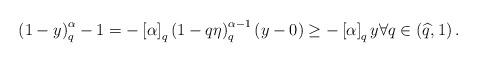
LaTeX: \begin{align*}\left(1-y\right)^\alpha_q-1=-\left[ \alpha \right]_q\left( {1 -q\eta} \right)_q^{\alpha - 1} \left(y-0\right) \ge -\left[ \alpha\right]_qy\forall q\in\left(\widehat{q},1\right).\end{align*}